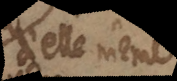
d’elle même